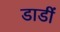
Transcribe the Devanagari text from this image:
डाडीं